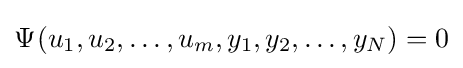
\Psi _{}^{}(u_{1},u_{2},\dots ,u_{m},y_{1},y_{2},\dots ,y_{N})=0